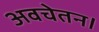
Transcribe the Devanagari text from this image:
अवचेतन।